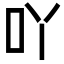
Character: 吖